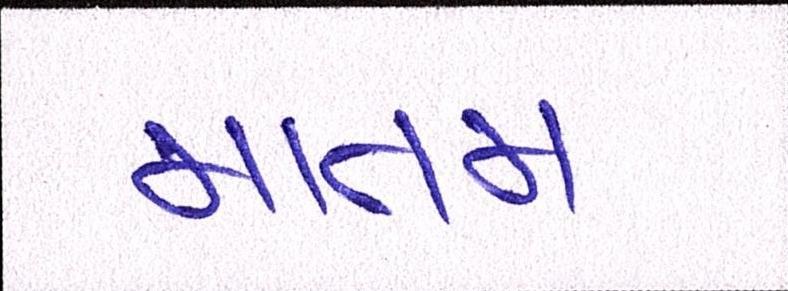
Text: માતમ